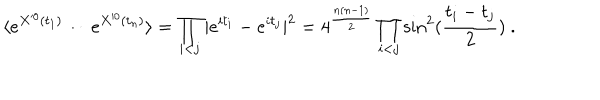
\langle e ^ { X ^ { 0 } ( t _ { 1 } ) } \cdots e ^ { X ^ { 0 } ( t _ { n } ) } \rangle = \prod _ { i < j } | e ^ { i t _ { i } } - e ^ { i t _ { j } } | ^ { 2 } = 4 ^ { \frac { n ( n - 1 ) } { 2 } } \prod _ { i < j } \sin ^ { 2 } ( { \frac { t _ { i } - t _ { j } } { 2 } } ) ~ .